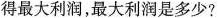
得最大利润，最大利润是多少?